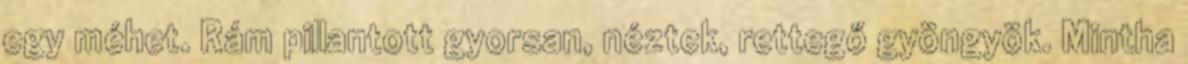
egy méhet. Rám pillantott gyorsan, néztek, rettegő gyöngyök. Mintha